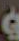
و